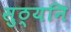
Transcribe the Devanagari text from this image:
सुठ्यनि